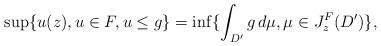
LaTeX: \begin{align*} \sup\{u(z), u\in F, u\leq g\}=\inf\{ \int_{ D'} g\, d\mu , \mu\in J^F_z(D')\}, \end{align*}